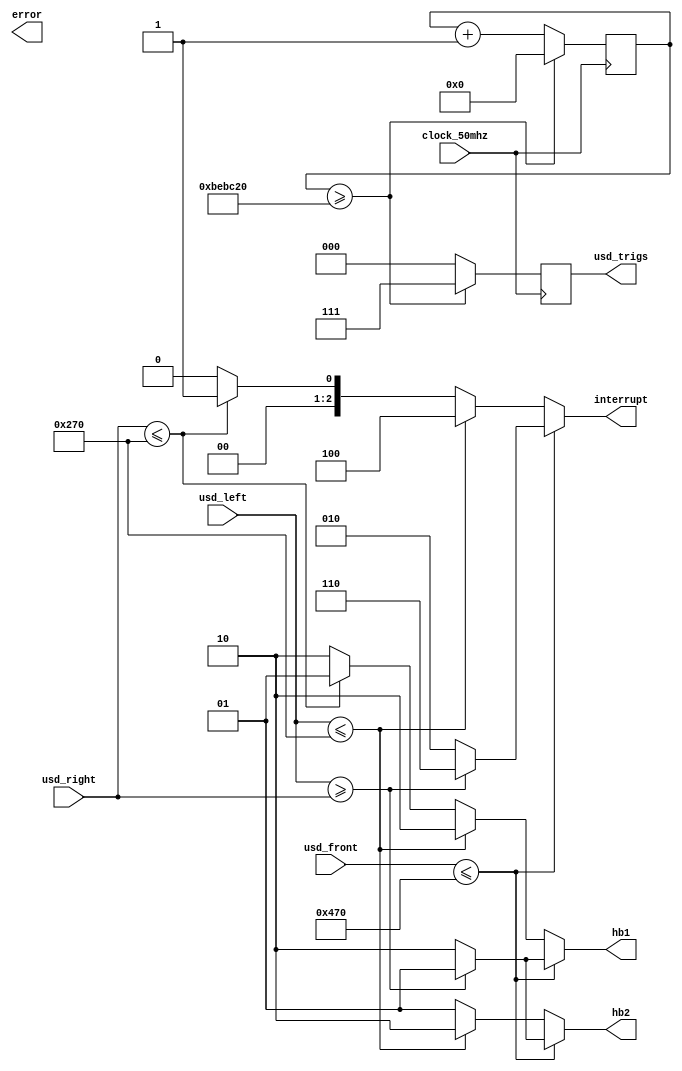
module usd_guidance(
	input clock_50mhz,
	input [15:0] usd_front,
	input [15:0] usd_left,
	input [15:0] usd_right,
	
	output reg [2:0] usd_trigs,
	output reg [1:0] hb1,
	output reg [1:0] hb2,
	output reg error,
	output reg [2:0] interrupt);
	
	reg [25:0] counter; //use a counter to determine when to pulse the usd sensors, counter is big enough for up to one second of counting.
	
	always @(posedge clock_50mhz) begin
	
		
		if (counter >= 12500000) begin //check usd sensors every quarter second
			usd_trigs = 3'b111;
			counter <= 0;
		end
		
		else begin //increment counter if check not needed.
			counter <= counter + 1;
			usd_trigs <= 3'b000;
		end
	end


	always begin
	
		if (usd_front <= 16'h0470) begin //front interrupt
		
			interrupt = 3'b010;
			if (usd_left >= usd_right) begin //if the left sensor has more space than the right, turn left
				hb1 = 2'b01;
				hb2 = 2'b01;
				interrupt = 3'b110;
			end
			
			else begin //else turn right
				hb1 = 2'b10;
				hb2 = 2'b10;
				interrupt = 3'b010;
			end
		
		end
		
		else if (usd_left <= 16'h0270) begin //left interrupt
			interrupt = 3'b100;
			hb1 = 2'b10;
			hb2 = 2'b10;
		
		end
		
		else if (usd_right <= 16'h0270) begin //right interrupt,turn left
			interrupt = 3'b001;
			hb1 = 2'b01;
			hb2 = 2'b01;
		end
		
		else begin//normal operation
			interrupt = 3'b000;
			hb1 = 2'b10;
			hb2 = 2'b01;
		end
	
	end
	
	
endmodule